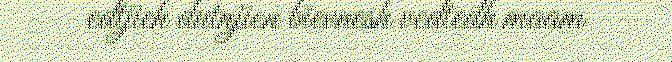
edtjieh dutnjien bïevnesh vedtedh maam